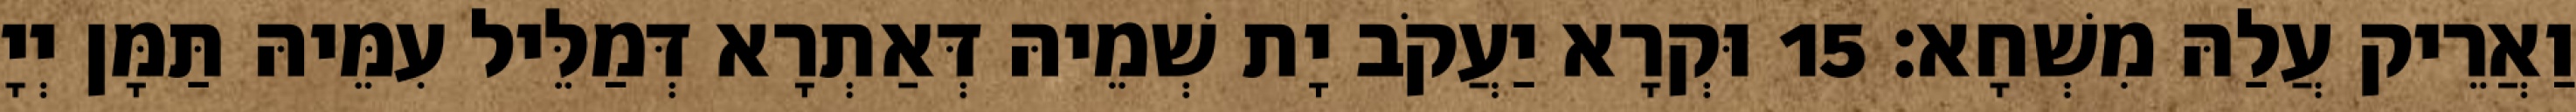
וַאֲרֵיק עֲלַהּ מִשְׁחָא׃ 15 וּקְרָא יַעֲקֹב יָת שְׁמֵיהּ דְּאַתְרָא דְּמַלֵּיל עִמֵּיהּ תַּמָּן יְיָ